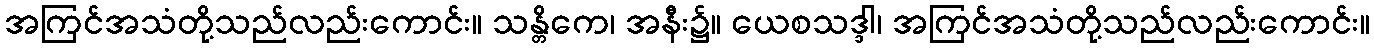
အကြင်အသံတို့သည်လည်းကောင်း။ သန္တိကေ၊ အနီး၌။ ယေစသဒ္ဒါ၊ အကြင်အသံတို့သည်လည်းကောင်း။